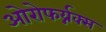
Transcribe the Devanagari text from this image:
ओरोफर्य्नक्स